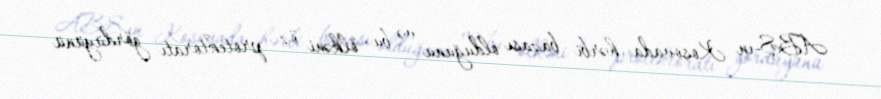
ABŞ-ın Kosovada hərbi bazası olduğunu və bu ölkəni öz protektoratı gördüyünü